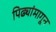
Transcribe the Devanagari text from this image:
पिढ्यांमागून